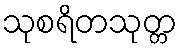
သုစရိတသုတ္တ